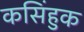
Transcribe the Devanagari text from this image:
कसिंहुक